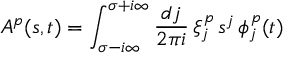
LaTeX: A _ { } ^ { p } ( s , t ) = \int _ { \sigma - i \infty } ^ { \sigma + i \infty } \frac { d j } { 2 \pi i } \, \xi _ { j } ^ { p } \, s _ { } ^ { j } \, \phi _ { j } ^ { p } ( t )